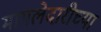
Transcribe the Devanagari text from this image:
मामलेदारीच्या